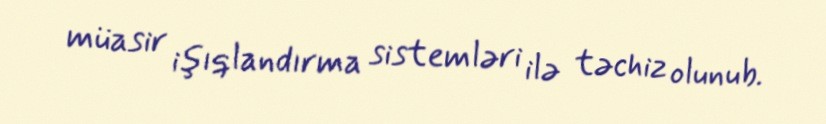
müasir işıqlandırma sistemləri ilə təchiz olunub.